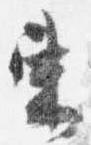
束